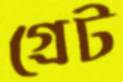
গ্রেট